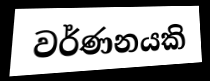
වර්ණනයකි